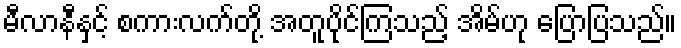
မီလာနီနှင့် စကားလက်တို့ အတူပိုင်ကြသည့် အိမ်ဟု ပြောပြသည်။